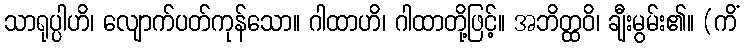
သာရုပ္ပါဟိ၊ လျောက်ပတ်ကုန်သော။ ဂါထာဟိ၊ ဂါထာတို့ဖြင့်။ အဘိတ္ထဝိ၊ ချီးမွမ်း၏။ (ကိံ